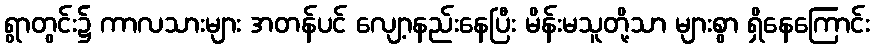
ရွာတွင်း၌ ကာလသားများ အတန်ပင် လျော့နည်းနေပြီး မိန်းမသူတို့သာ များစွာ ရှိနေကြောင်း